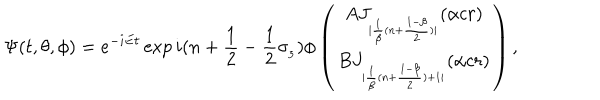
\Psi ( t , \theta , \phi ) = e ^ { - i E t } \exp { i ( n + \frac { 1 } { 2 } - \frac { 1 } { 2 } \sigma _ { _ { 3 } } ) \phi } \left( \begin{array} { c } { { A J _ { _ { | \frac { 1 } { \beta } ( n + \frac { 1 - \beta } { 2 } ) | } } ( \alpha c r ) } } \\ { { B J _ { _ { | \frac { 1 } { \beta } ( n + \frac { 1 - \beta } { 2 } ) + 1 | } } ( \alpha c r ) } } \\ \end{array} \right) ,